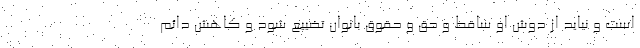
است و نباید از دوش او ساقط و حق و حقوق بانوان تضییع شود و کاهش دائم